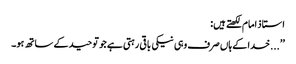
استاذ امام لکھتے ہیں:
’’...خدا کے ہاں صرف وہی نیکی باقی رہتی ہے جو توحید کے ساتھ ہو۔